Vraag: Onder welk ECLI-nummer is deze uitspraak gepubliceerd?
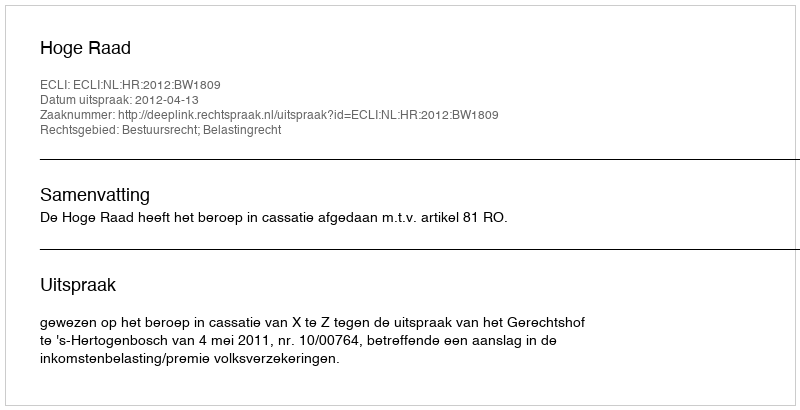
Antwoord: ECLI:NL:HR:2012:BW1809